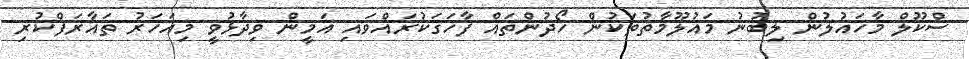
ސްކޫލް މާހައުލުން ލިބުނު މައުލޫމާތުތަކުން ހޯދުންތައް ފާހަގަކުރައްވައި އަމީން ވިދާޅުވީ މިއަހަރު ތައާރަފްކުރި